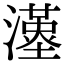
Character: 𤁉